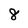
Character: 8